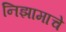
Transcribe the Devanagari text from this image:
निझामाचे